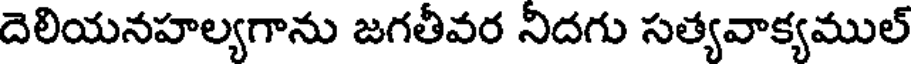
దెలియనహల్యగాను జగతీవర నిదగు సత్యవాక్యముల్